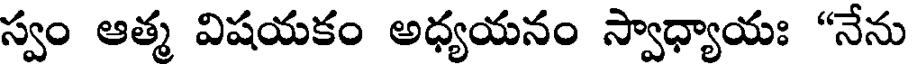
స్వం ఆత్మ విషయకం అధ్యయనం స్వాధ్యాయః "నేను